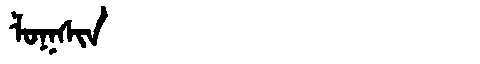
Manchu: ᠯᠣᡴᠰᡳᠨ
Romanization: LOKSIN